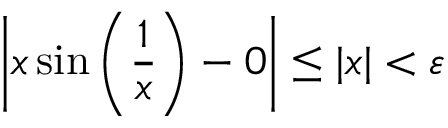
\left| x \sin { \left( { \frac { 1 } { x } } \right) } - 0 \right| \leq | x | < \varepsilon